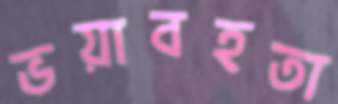
ভয়াবহতা